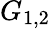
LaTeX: G_{1,2}